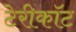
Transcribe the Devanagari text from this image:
टेरीकॉट